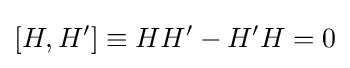
\left[H,H'\right]\equiv HH'-H'H=0